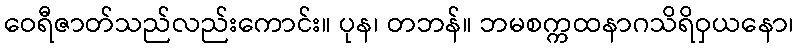
ဝေရီဇာတ်သည်လည်းကောင်း။ ပုန၊ တဘန်။ ဘမစက္ကထနာဂသိရိဝှယနော၊